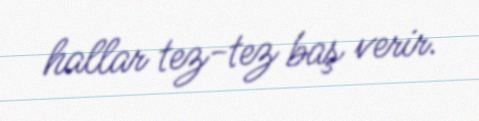
hallar tez-tez baş verir.